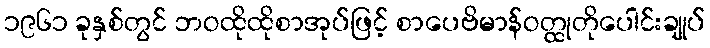
၁၉၆၁ ခုနှစ်တွင် ဘဝထိုထိုစာအုပ်ဖြင့် စာပေဗိမာန်ဝတ္ထုတိုပေါင်းချုပ်